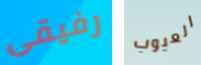
رفيقى العيوب